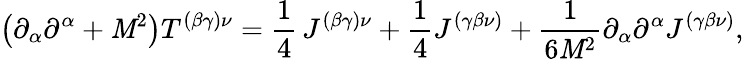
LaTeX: \left(\partial_{\alpha}\partial^{\alpha}+\mathit{M}^{2}\right)T^{(\beta\gamma)\nu}=\frac{{1}}{{4}}\, J^{(\beta\gamma)\nu}+\frac{{1}}{{4}}J^{(\gamma\beta\nu)}+\frac{{1}}{{6\mathit{M}^{2}}}\partial_{\alpha}\partial^{\alpha}J^{\left(\gamma\beta\nu\right)},